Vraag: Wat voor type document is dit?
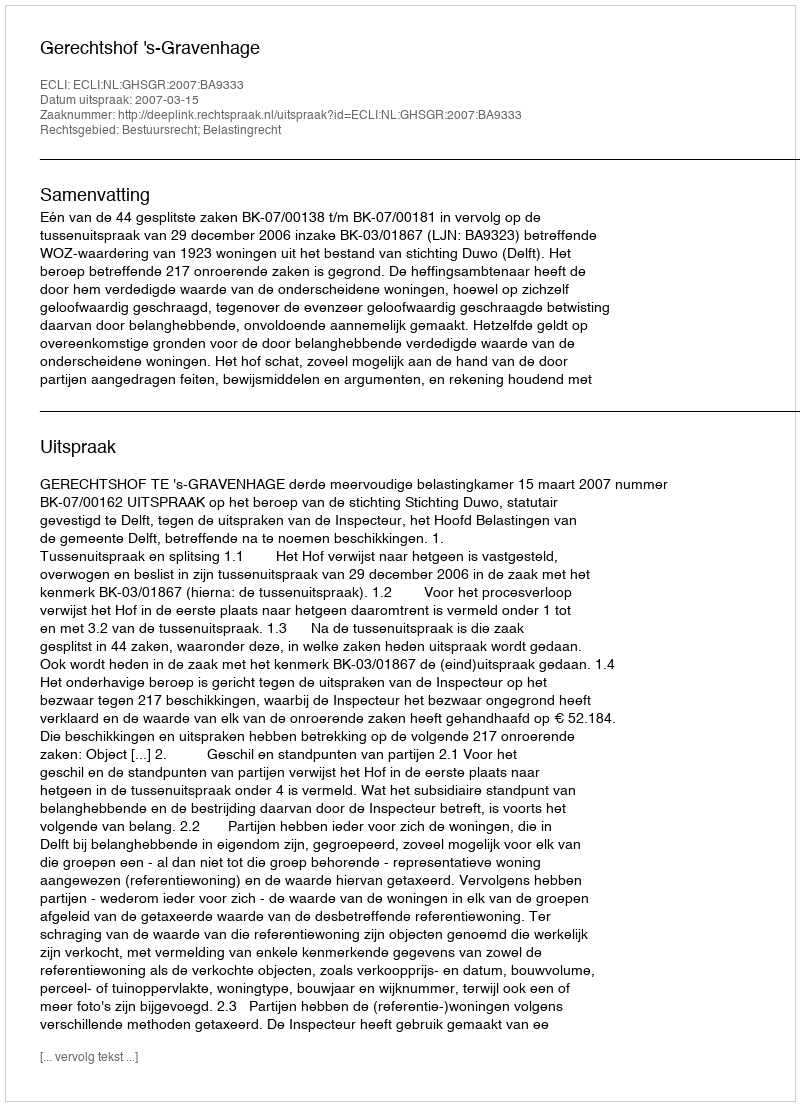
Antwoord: Uitspraak